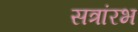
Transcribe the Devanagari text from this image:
सत्रांरभ